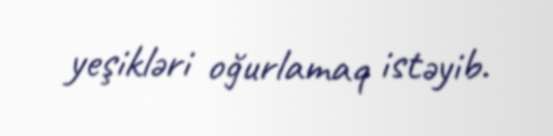
yeşikləri oğurlamaq istəyib.